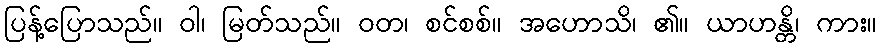
ပြန့်ပြောသည်။ ဝါ၊ မြတ်သည်။ ဝတ၊ စင်စစ်။ အဟောသိ၊ ၏။ ယာဟန္တိ၊ ကား။